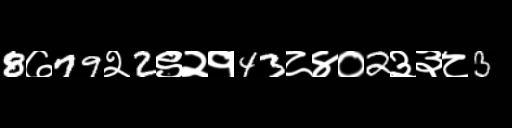
Text: 8७79२2९२१43८४०2३३८3